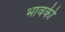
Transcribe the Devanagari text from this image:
भावकी